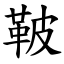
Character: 鞁